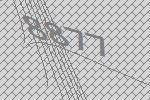
8877